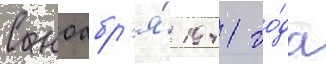
С ноабр'я́ 1941 го́да